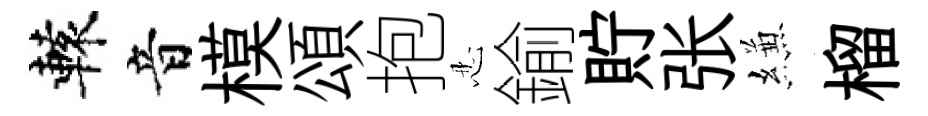
轅音模頌抱忍鍮貯张縑榴